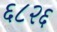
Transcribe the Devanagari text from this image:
६८२६